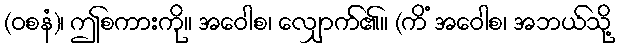
(ဝစနံ)၊ ဤစကားကို။ အဝေါစ၊ လျှောက်၏။ (ကိံ အဝေါစ၊ အဘယ်သို့